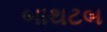
બાથટબ